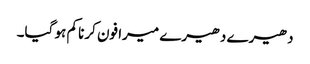
دھیرے دھیرے میرا فون کرنا کم ہو گیا۔